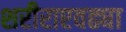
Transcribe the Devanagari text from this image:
शरीराएवढ्या